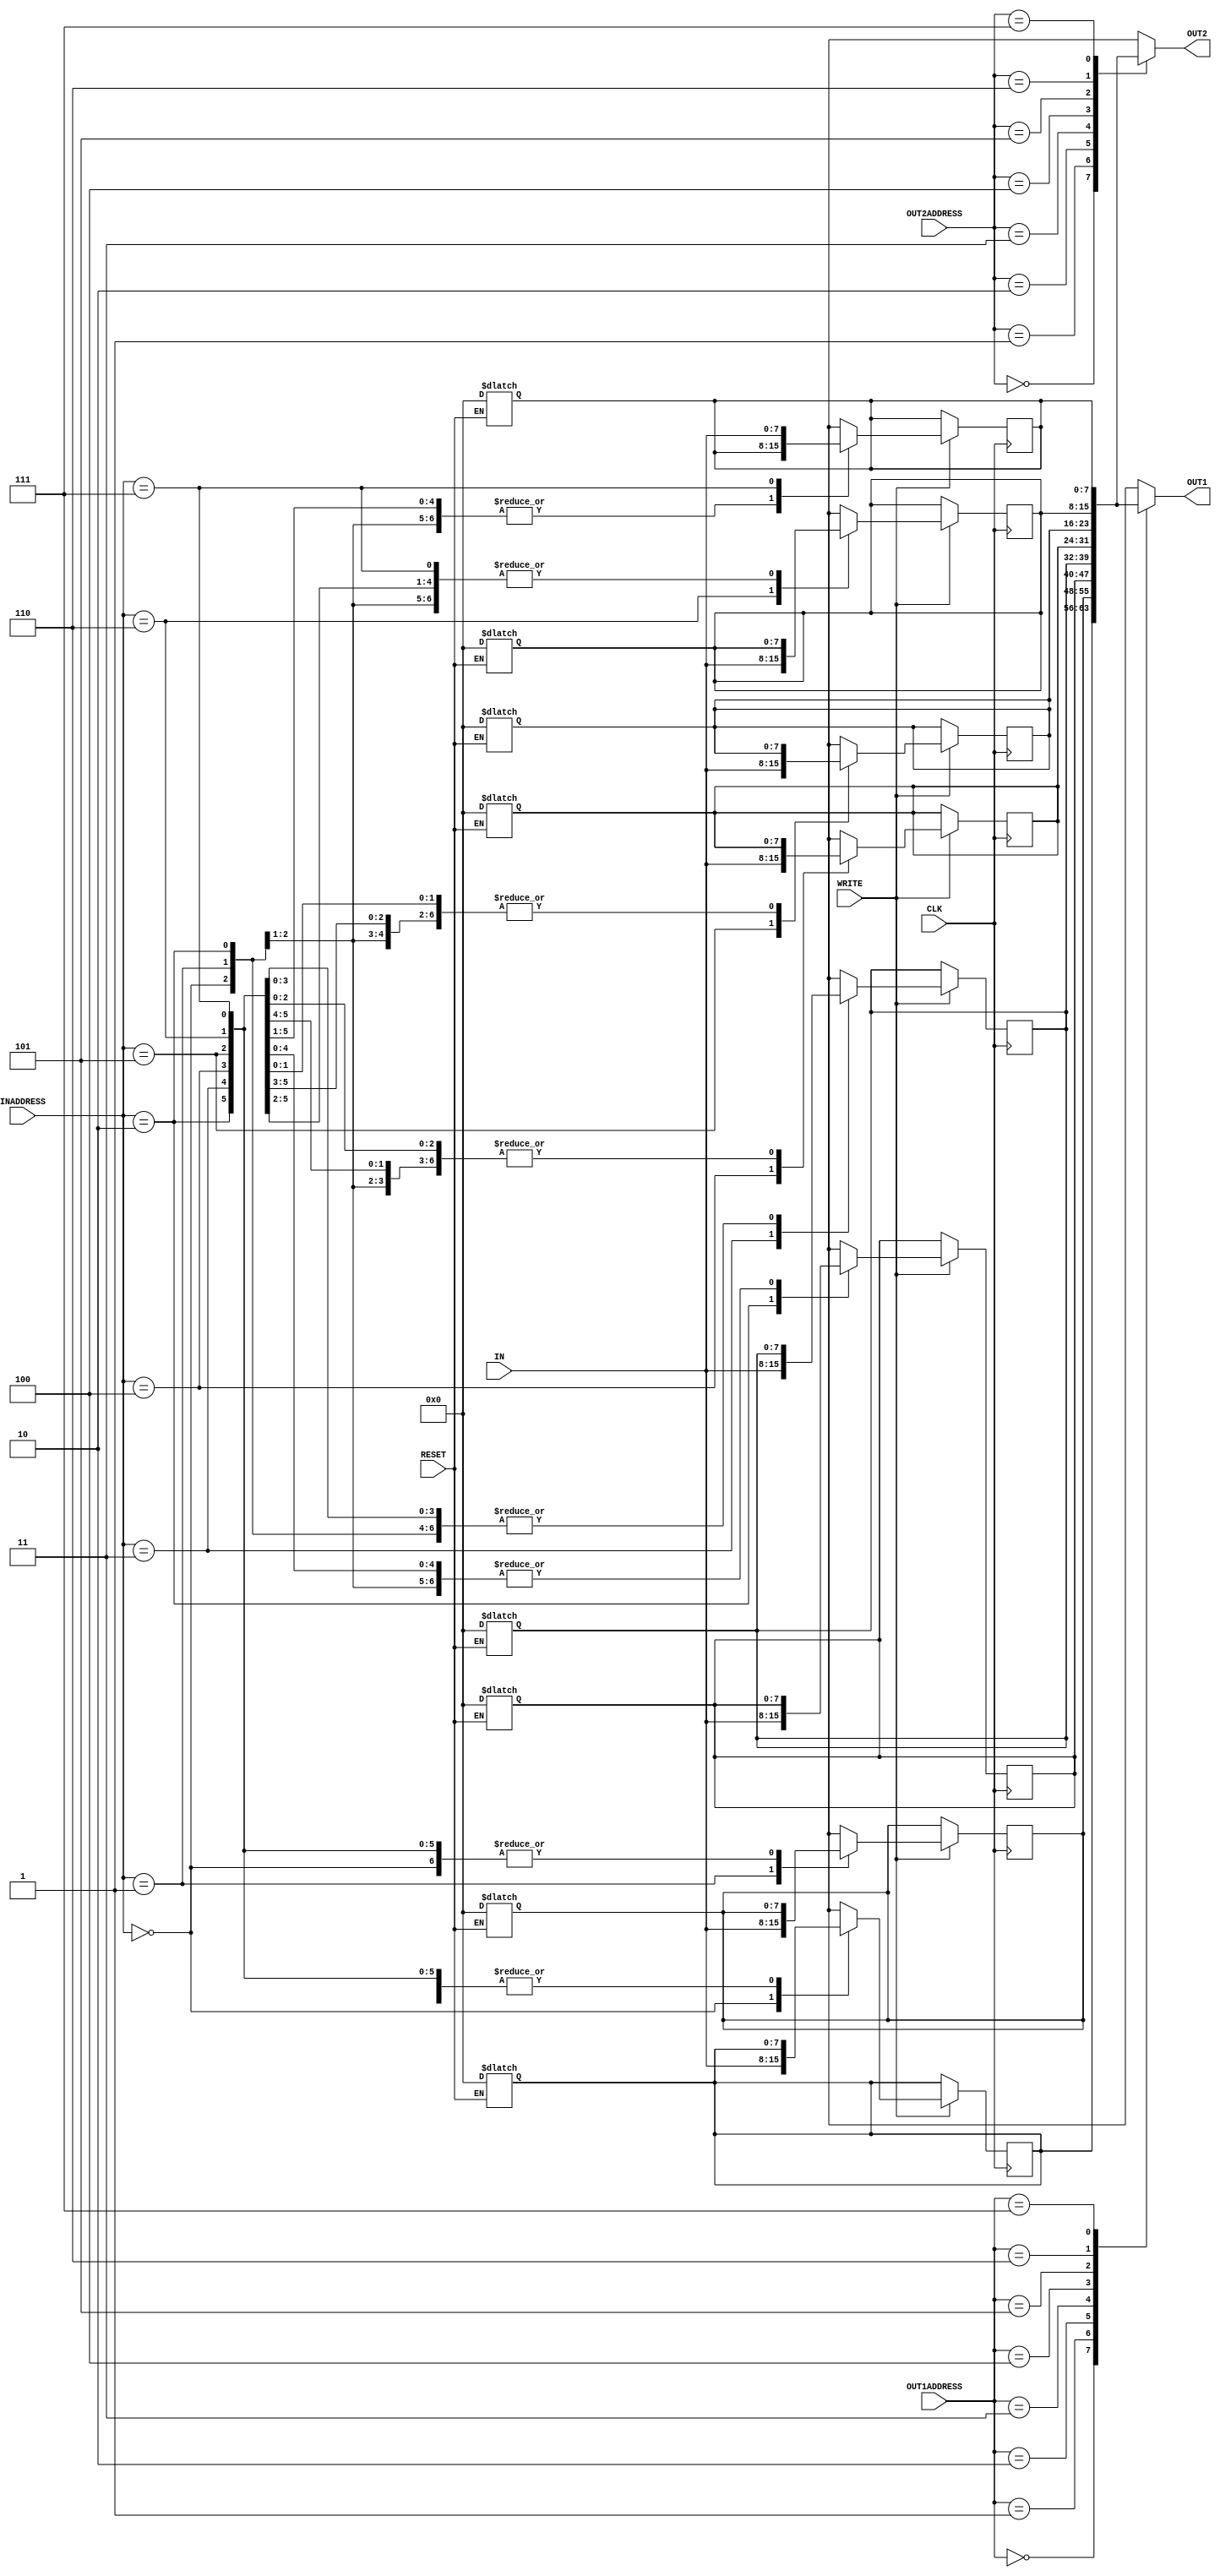
module reg_file(IN, OUT1, OUT2, INADDRESS, OUT1ADDRESS, OUT2ADDRESS, WRITE, CLK, RESET);

input [7:0] IN;  // 8 bit data input
input [2:0] INADDRESS, OUT1ADDRESS, OUT2ADDRESS; // 3 bit data inputs
input WRITE, CLK, RESET; // 1 bit data inputs
output [7:0] OUT1, OUT2; // 8 bit data outputs

reg [7:0] registers [7:0]; // 8x8 register file

reg [7:0] OUT1CURR, OUT2CURR; //take the current value of the output to give after delay

integer i;

assign #2 OUT1 = registers[OUT1ADDRESS]; //writing data to outputs
assign #2 OUT2 = registers[OUT2ADDRESS]; //writing data to outputs

always @ (posedge CLK) // this code block run when we are in a positive clock edge
begin
    // write input to the in address
    if (WRITE == 1)
        #2 registers[INADDRESS] = IN;     
end


// combinational logic output for reset signal (level triggered input)
always @ (*)
begin
    if (RESET == 1)
    begin
        #2 
        for (i = 0; i < 8; i++) //looping through register file and setting them to 0s
        begin
            registers[i] = 0;
        end   
    end
    
end

endmodule